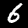
Digit: 6